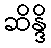
ဆိန္ဒိ